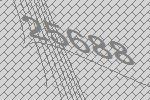
25688